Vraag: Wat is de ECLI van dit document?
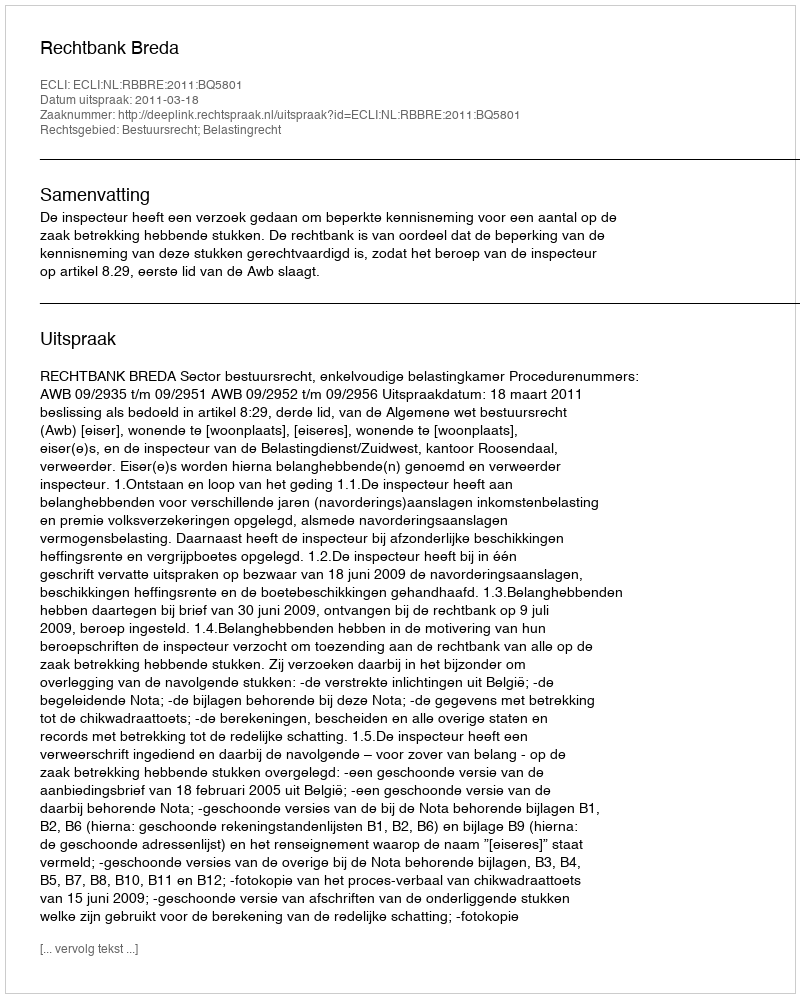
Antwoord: ECLI:NL:RBBRE:2011:BQ5801